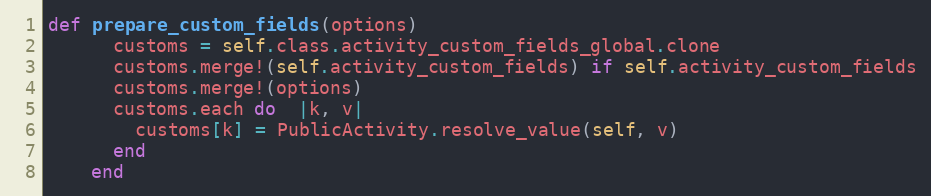
Language: Ruby
def prepare_custom_fields(options)
      customs = self.class.activity_custom_fields_global.clone
      customs.merge!(self.activity_custom_fields) if self.activity_custom_fields
      customs.merge!(options)
      customs.each do  |k, v|
        customs[k] = PublicActivity.resolve_value(self, v)
      end
    end